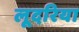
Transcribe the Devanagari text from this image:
लूदरिया